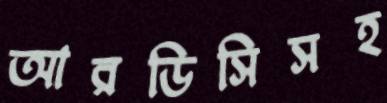
আরডিসিসহ